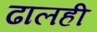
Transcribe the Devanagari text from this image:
ढालही